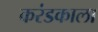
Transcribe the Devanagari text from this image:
करंडकाला